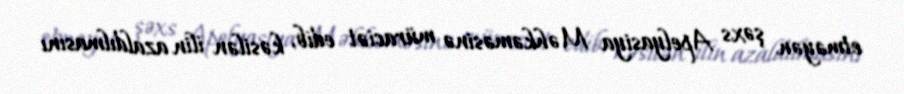
etməyən şəxs Apelyasiya Məhkəməsinə müraciət edib, kəsilən ilin azaldılmasını